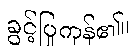
ခွင့်ပြုကုန်၏။